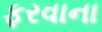
ફરવાના